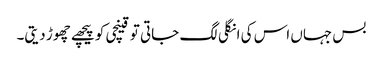
بس جہاں اس کی انگلی لگ جاتی تو قینچی کو پیچھے چھوڑ دیتی۔